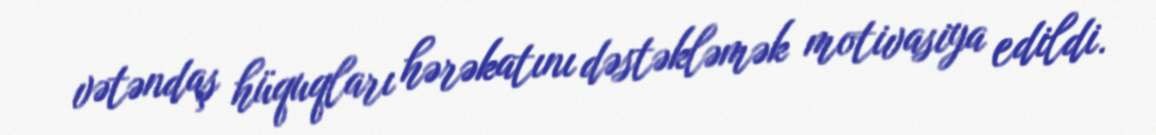
vətəndaş hüquqları hərəkatını dəstəkləmək motivasiya edildi.